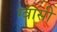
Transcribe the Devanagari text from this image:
ग्वासी